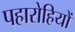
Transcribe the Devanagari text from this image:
पहारोहियों